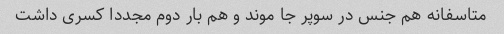
متاسفانه هم جنس در سوپر جا موند و هم بار دوم مجددا کسری داشت